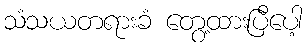
သံသယတရားခံ တွေ့ထားပြီပေါ့